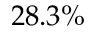
2 8 . 3 \%